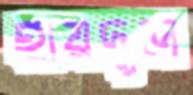
হায়দুল